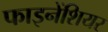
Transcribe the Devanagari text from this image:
फाइनेंशियर